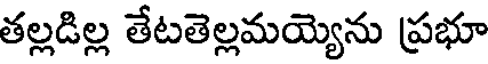
తల్లడిల్ల తేటతెల్లమయ్యెను ప్రభూ